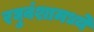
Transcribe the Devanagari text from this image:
रघुवंशामध्ये